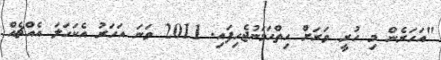
"އަހަރެން މި ހުރީ ވަރަށް ހިތްހަމަނުޖެހިފައި. 2011 ވަނަ އަހަރު އެކަހަލަ އެއްޗެއް